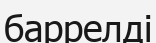
баррелді